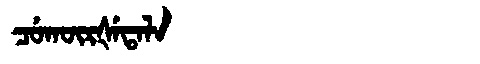
Manchu: ᠴᡠᡴᡡᡵᡧᡝᡨᠠᠯᠠ
Romanization: CUKŪRŠETALA